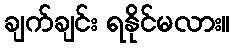
ချက်ချင်း ရနိုင်မလား။